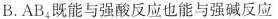
B. AB_{4} 能与强酸反应也能与强碱反应